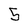
Character: 5